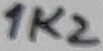
Text: 1K2